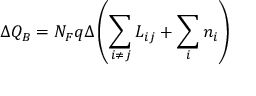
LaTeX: \Delta Q _ { B } = N _ { F } q \Delta \left( \sum _ { i \neq j } { \cal L } _ { i j } + \sum _ { i } n _ { i } \right)